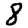
Digit: 8